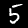
Label: 5